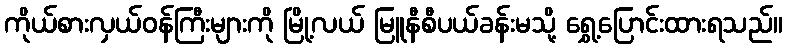
ကိုယ်စားလှယ်ဝန်ကြီးများကို မြို့လယ် မြူနီစီပယ်ခန်းမသို့ ရွှေ့ပြောင်းထားရသည်။